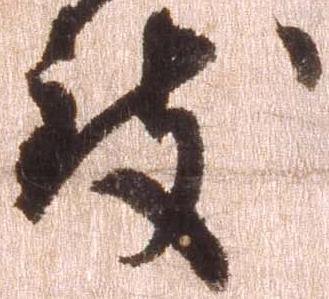
致